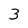
Character: 3